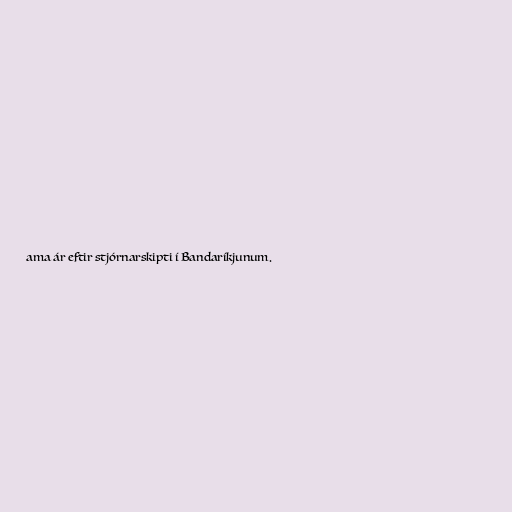
ama ár eftir stjórnarskipti í Bandaríkjunum.